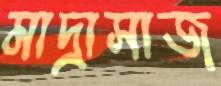
মাদ্রাসাজ